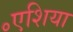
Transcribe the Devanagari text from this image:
॰एशिया